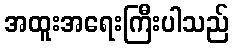
အထူးအရေးကြီးပါသည်